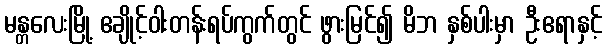
မန္တလေးမြို့ ဧချိုင့်ဝါးတန်းရပ်ကွက်တွင် ဖွားမြင်၍ မိဘ နှစ်ပါးမှာ ဦးဧရာနှင့်